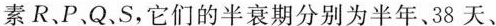
素R、P、Q.S，它们的半衰期分别为半年、38天、